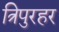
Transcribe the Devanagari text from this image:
त्रिपुरहर